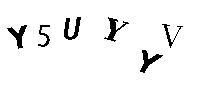
Y5UYYV